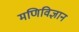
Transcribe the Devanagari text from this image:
मणिविज्ञान